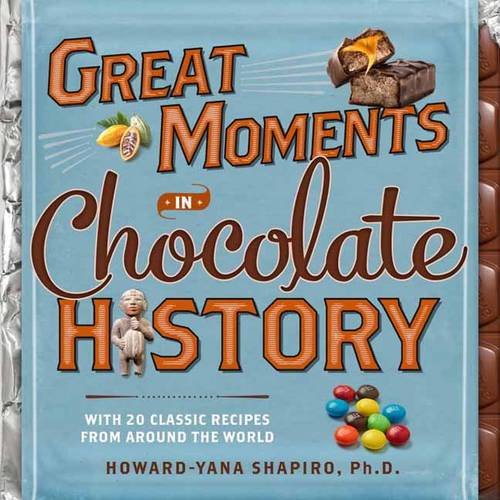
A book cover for Great Moments in Chocolate History: With 20 Classic Recipes From Around the World; Howard-Yana Shapiro Ph.D.; Cookbooks, Food & Wine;